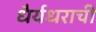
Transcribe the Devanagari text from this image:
धैर्यधराची